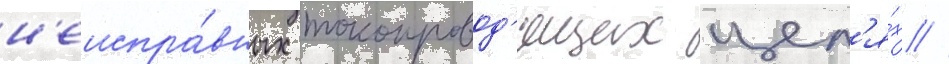
н'еиспра́вных токопровод'ящих цеп'я́х //